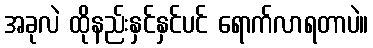
အခုလဲ ထိုနည်းနှင်နှင်ပင် ရောက်လာရတာပဲ။